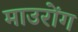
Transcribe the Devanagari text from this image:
माउरोंग